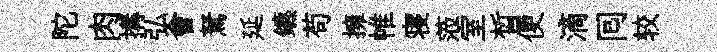
陀肉搆弘會駑延鑣苟擁帷寝蒞室晳便滴囘较